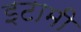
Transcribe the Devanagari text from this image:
इटामी